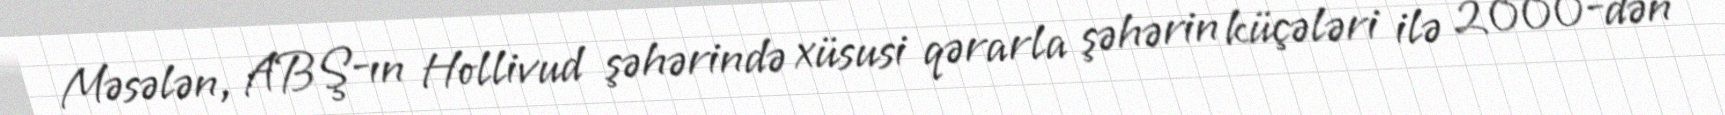
Məsələn, ABŞ-ın Hollivud şəhərində xüsusi qərarla şəhərin küçələri ilə 2000-dən